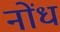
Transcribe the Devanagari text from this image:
नोंध